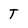
Character: T